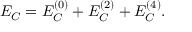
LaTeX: { \cal E } _ { C } = { \cal E } _ { C } ^ { ( 0 ) } + { \cal E } _ { C } ^ { ( 2 ) } + { \cal E } _ { C } ^ { ( 4 ) } .